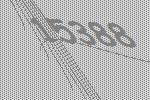
15388